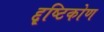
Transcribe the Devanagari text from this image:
द्दृष्टिकोण